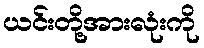
ယင်းတို့အားလုံးကို